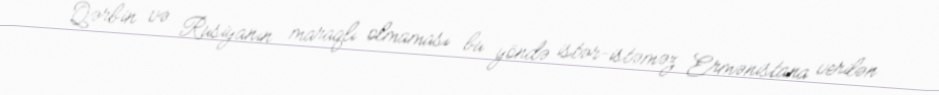
Qərbin və Rusiyanın maraqlı olmaması bu yöndə istər-istəməz Ermənistana verilən